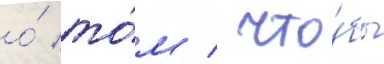
о́ то́м / что́бы